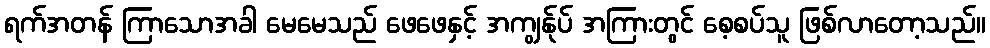
ရက်အတန် ကြာသောအခါ မေမေသည် ဖေဖေနှင့် အကျွန်ုပ် အကြားတွင် စေ့စပ်သူ ဖြစ်လာတော့သည်။